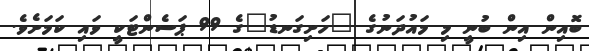
ބޮއިން އިން ބުނީ މި މައުދަނުގެ "ހަށިގަނޑު"ގެ 99 ޕަސެންޓަކީ ވައި ކަމަށެވެ.